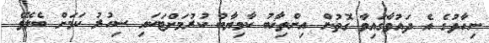
ނިހާދުގެ އެ ދައުވާގައިވާ ގޮތުން އިންތިޚާބު ކާމިޔާބު ކުރުމަށްޓަކައި ސިހުރު ކަމަށް ބެލެވޭ